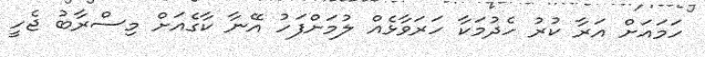
ހަމައަށް އަރާ ކުރު ހެދުމަކާ ހަރަވާޅެއް ލުމަށްފަހު އޭނާ ކާގެއަށް މިސްރާބު ޖެހީ